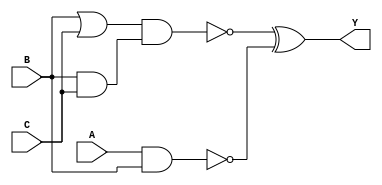
module Q1(A,B,C,Y);
	input A;
	input B;
	input C;
	output Y;
	wire w1, w2, w3, w4;
	
	nand n1(w1, A, B);
	or o1(w2, B, C);
	and a1(w3, B, C);
	nand n2(w4, w2, w3);
	xor x1(Y, w4, w1);
	
endmodule